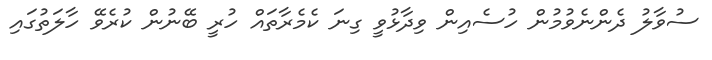
ސުވާލު ދެންނެވުމުން ހުސެއިން ވިދާޅުވީ ގިނަ ކެމެރާތައް ހުރީ ބޭނުން ކުރެވޭ ހާލަތުގައި